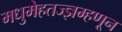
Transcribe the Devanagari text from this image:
मधुमेहतज्ज्ञम्हणून